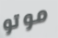
موتو